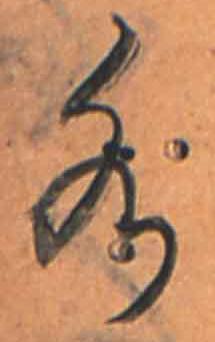
水